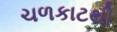
ચળકાટથી